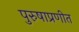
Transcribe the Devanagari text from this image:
पुरुषाप्रणीत